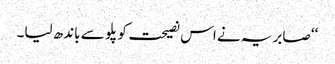
‘‘ صابریہ نے اس نصیحت کو پلو سے باندھ لیا۔